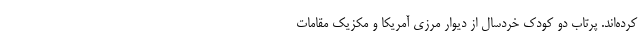
کرده‌اند. پرتاب دو کودک خردسال از دیوار مرزی آمریکا و مکزیک مقامات